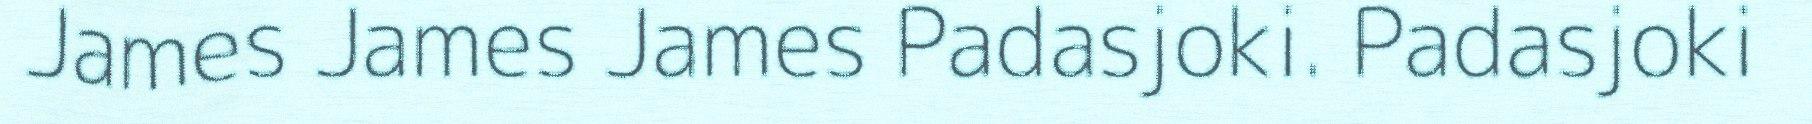
James James James Padasjoki. Padasjoki